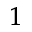
^ 1